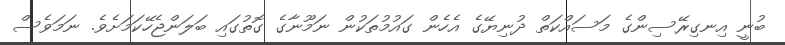
ބުނީ އިނގިރޭސިންގެ މަސައްކަތް ދުނިޔޭގެ އެހެން ގައުމުތަކުން ނަމޫނާގެ ގޮތުގައި ބަލަންޖެހޭކަމަށެވެ. ނަމަވެސް